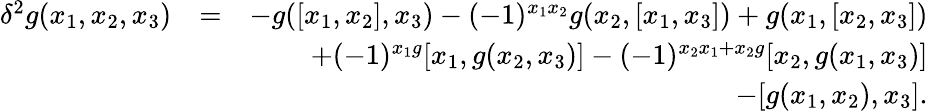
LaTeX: \begin{array}{rlr}{\delta^{2}g(x_{1},x_{2},x_{3})}&{=}&{-g([x_{1},x_{2}],x_{3})-(-1)^{x_{1}x_{2}}g(x_{2},[x_{1},x_{3}])+g(x_{1},[x_{2},x_{3}])}\\ &{}&{+(-1)^{x_{1}g}[x_{1},g(x_{2},x_{3})]-(-1)^{x_{2}x_{1}+x_{2}g}[x_{2},g(x_{1},x_{3})]}\\ &{}&{-[g(x_{1},x_{2}),x_{3}].}\end{array}